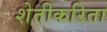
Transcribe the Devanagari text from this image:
शेतीकरिता